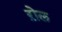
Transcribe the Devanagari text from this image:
ऱोल